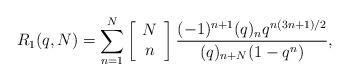
LaTeX: \begin{align*}R_1(q, N)=\sum_{n=1}^{N}\left[\begin{array}{c}N\\n\end{array}\right]\frac{(-1)^{n+1}(q)_nq^{n(3n+1)/2}}{(q)_{n+N}(1-q^n)},\end{align*}